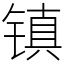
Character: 镇